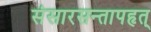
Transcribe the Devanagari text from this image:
संसारसन्तापहृत्